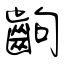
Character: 齣